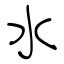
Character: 水